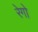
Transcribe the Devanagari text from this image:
रेगो